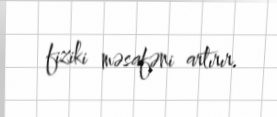
fiziki məsafəni artırır.